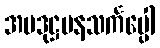
အပဒုဋ္ဌမနသင်္ကပ္ပေါ